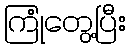
ကြုံတွေ့ပြီး